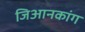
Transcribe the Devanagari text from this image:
जिआनकांग